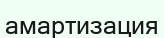
амартизация